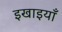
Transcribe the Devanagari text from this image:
इखाइयाँ